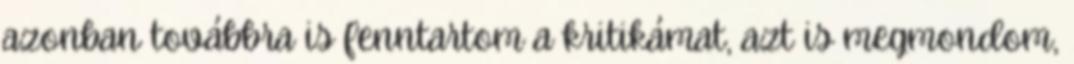
azonban továbbra is fenntartom a kritikámat, azt is megmondom,